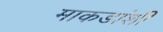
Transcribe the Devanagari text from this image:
माकडांशी